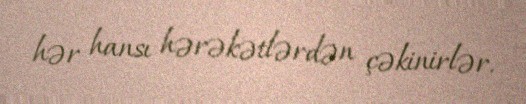
hər hansı hərəkətlərdən çəkinirlər.